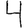
Digit: 4